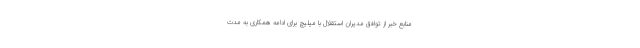
منابع خبر از توافق مدیران استقلال با میلیچ برای ادامه همکاری به مدت